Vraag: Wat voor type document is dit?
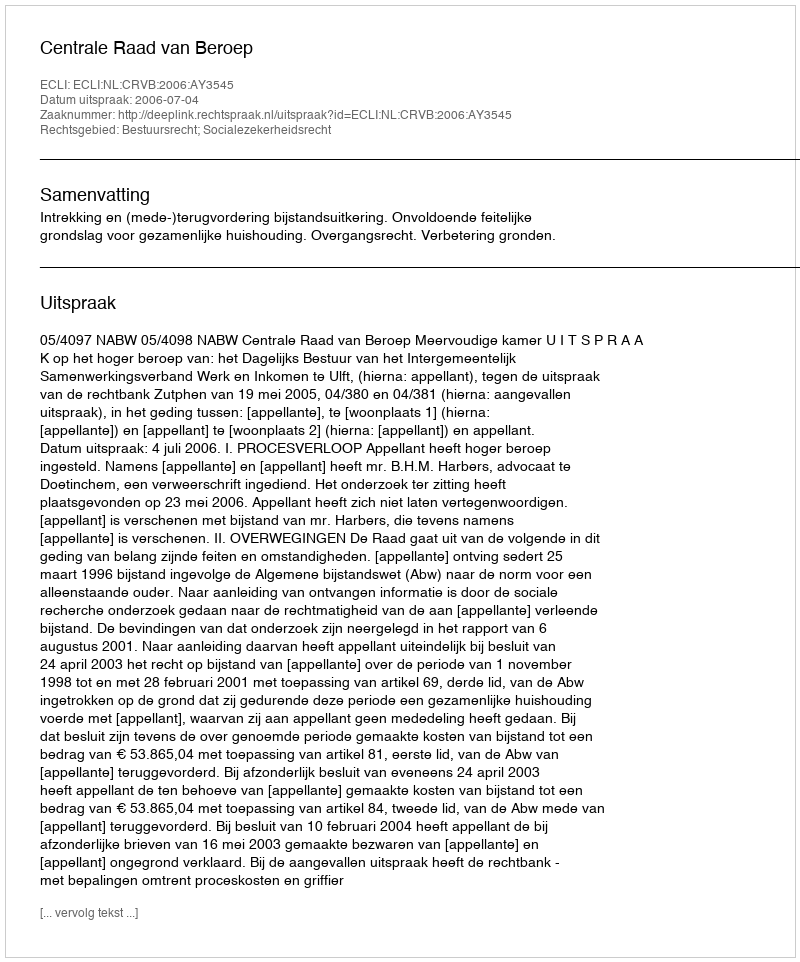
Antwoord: Uitspraak